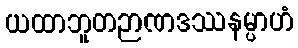
ယထာဘူတဉာဏဒဿနမ္ပာဟံ